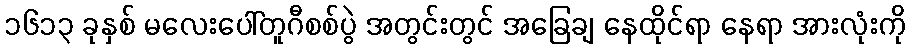
၁၆၁၃ ခုနှစ် မလေးပေါ်တူဂီစစ်ပွဲ အတွင်းတွင် အခြေချ နေထိုင်ရာ နေရာ အားလုံးကို